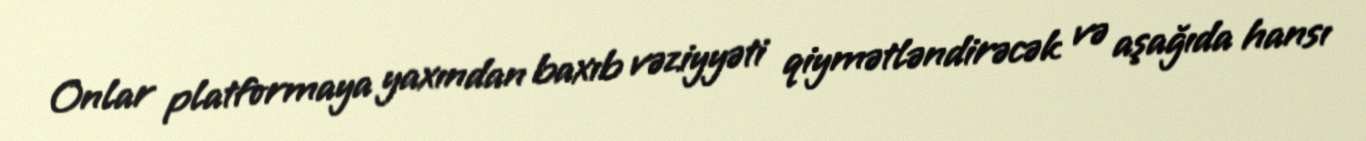
Onlar platformaya yaxından baxıb vəziyyəti qiymətləndirəcək və aşağıda hansı